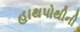
હાથપોથીની